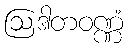
ဩဒါတဝဏ္ဏံ